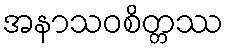
အနာသဝစိတ္တဿ